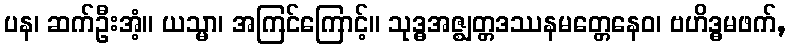
ပန၊ ဆက်ဦးအံ့။ ယသ္မာ၊ အကြင်ကြောင့်။ သုဒ္ဓအဇ္ဈတ္တဒဿနမတ္တေနေဝ၊ ဗဟိဒ္ဓမဖက်,